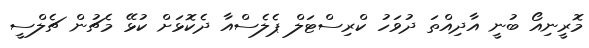
މޮރީނިއޯ ބުނީ އާދިއްތަ ދުވަހު ކްރިސްޓަލް ޕެލެސްއާ ދެކޮޅަށް ކުޅޭ މެޗުން ޗެލްސީ